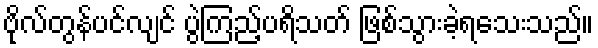
ဗိုလ်တွန်ပင်လျင် ပွဲကြည့်ပရိသတ် ဖြစ်သွားခဲ့ရသေးသည်။